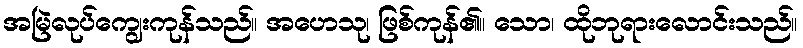
အမြဲလုပ်ကျွေးကုန်သည်။ အဟေသု၊ ဖြစ်ကုန်၏။ သော၊ ထိုဘုရားလောင်းသည်။